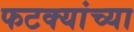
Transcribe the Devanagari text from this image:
फटक्यांच्या